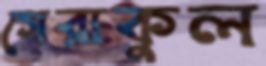
গেরাকুল